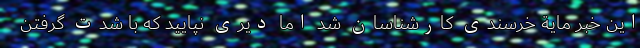
این خبر مایة خرسندی کارشناسان شد اما دیری نپایید که با شدت گرفتن